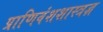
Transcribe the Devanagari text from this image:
प्राणिवंशशास्त्रज्ञ